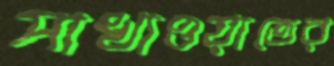
সাখাওয়াতের